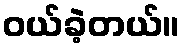
ဝယ်ခဲ့တယ်။